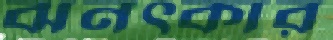
ঝনৎকার